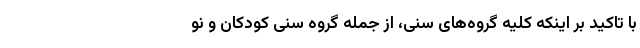
با تاکید بر اینکه کلیه گروه‌های سنی، از جمله گروه سنی کودکان و نو